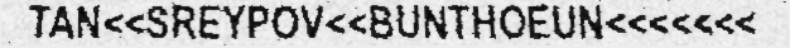
TAN<<SREYPOV<<BUNTHOEUN<<<<<<<